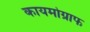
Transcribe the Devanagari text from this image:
कायमोग्राफ